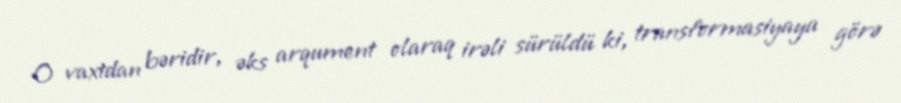
O vaxtdan bəridir, əks arqument olaraq irəli sürüldü ki, transformasiyaya görə